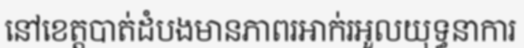
នៅខេត្តបាត់ដំបងមានភាពរអាក់រអួលយុទ្ធនាការ